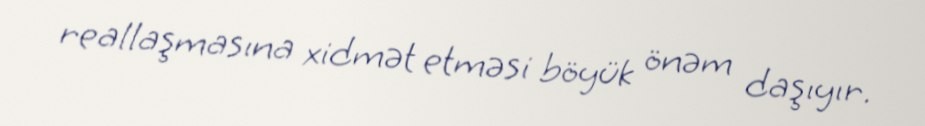
reallaşmasına xidmət etməsi böyük önəm daşıyır.